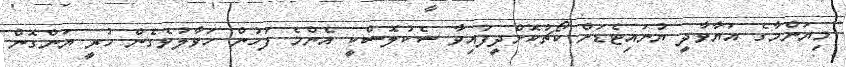
މިޔަންމާގެ އަޔާވާދީ ޔުނައިޓެޑަށް ކޯޗުކޮށްދީފައިވާ ސެކުލޮސްކީ އެންމެ ފަހުން ހަވާލުވެގެން ހުރީ ޔަންގޮން